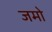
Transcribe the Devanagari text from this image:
जमो